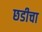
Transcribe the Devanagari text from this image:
छडीचा